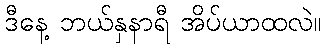
ဒီနေ့ ဘယ်နှနာရီ အိပ်ယာထလဲ။